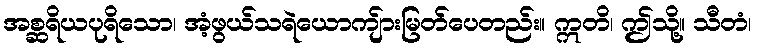
အစ္ဆရိယပုရိသော၊ အံ့ဖွယ်သရဲယောကျ်ားမြတ်ပေတည်း။ ဣတိ၊ ဤသို့။ သီတံ၊